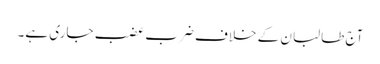
آج طالبان کے خلاف ضرب عضب جاری ہے۔